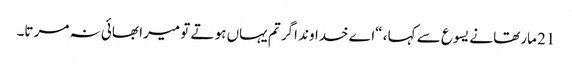
21 مارتھا نے یسوع سے کہا ، “اے خداوند اگر تم یہاں ہو تے تو میرا بھائی نہ مر تا۔